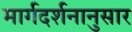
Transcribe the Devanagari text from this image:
मार्गदर्शनानुसार